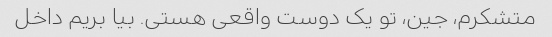
متشکرم، جین، تو یک دوست واقعی هستی. بیا بریم داخل